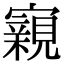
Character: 寴